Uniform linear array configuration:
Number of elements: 24
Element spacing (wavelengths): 0.75
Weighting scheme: hann
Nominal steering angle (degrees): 30
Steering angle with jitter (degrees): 31.782
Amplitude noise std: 0.05
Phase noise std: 0.05

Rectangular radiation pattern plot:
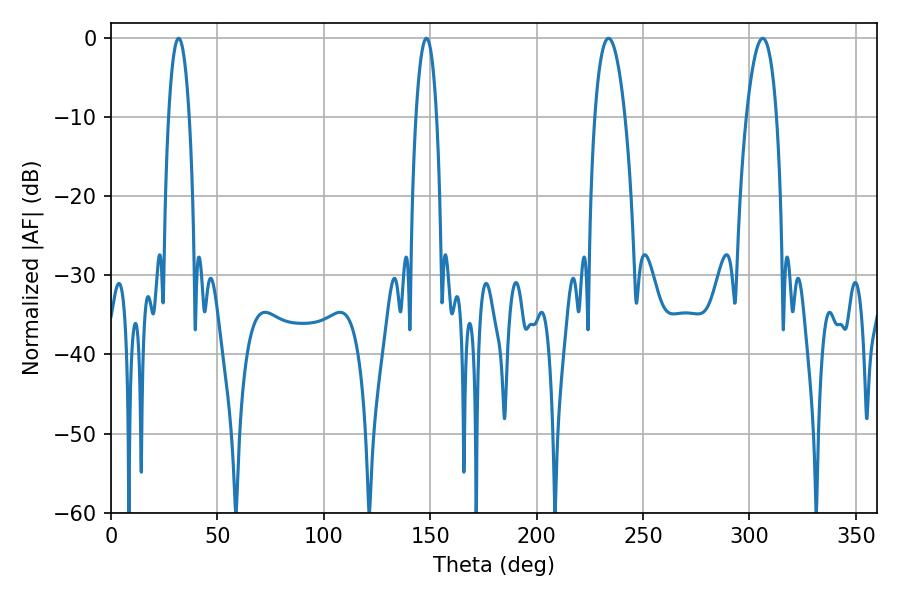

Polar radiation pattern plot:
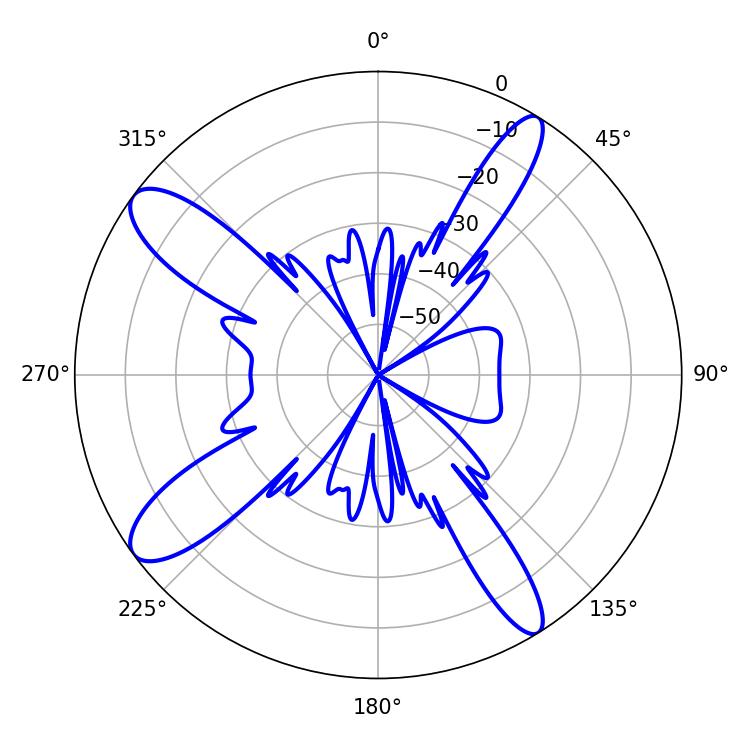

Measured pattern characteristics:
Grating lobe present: TRUE
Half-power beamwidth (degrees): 7.92
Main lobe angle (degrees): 233.82